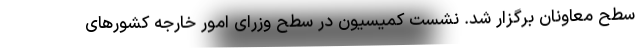
سطح معاونان برگزار شد. نشست کمیسیون در سطح وزرای امور خارجه کشورهای